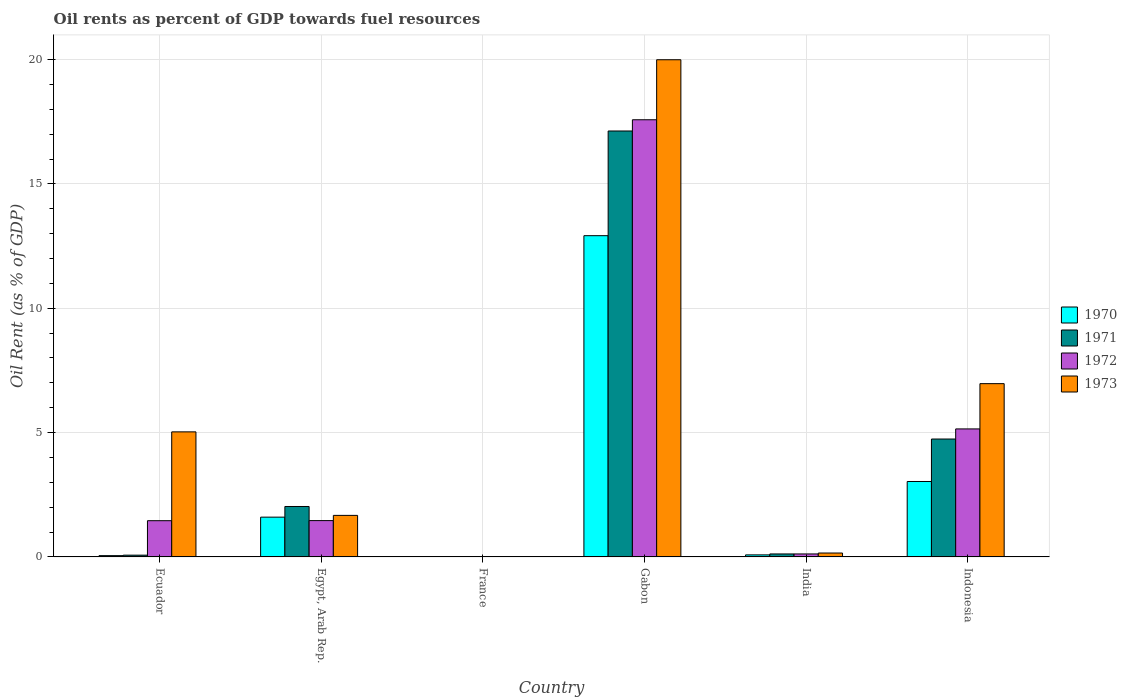
| Country | 1970 | 1971 | 1972 | 1973 |
 | --- | --- | --- | --- | --- |
 | Ecuador | 0.052 | 0.0708 | 1.46 | 5.03 |
 | Egypt, Arab Rep. | 1.6 | 2.03 | 1.46 | 1.67 |
 | France | 0.0115 | 0.0123 | 0.0085 | 0.00884 |
 | Gabon | 12.9 | 17.1 | 17.6 | 20 |
 | India | 0.0825 | 0.12 | 0.12 | 0.157 |
 | Indonesia | 3.03 | 4.74 | 5.15 | 6.97 |